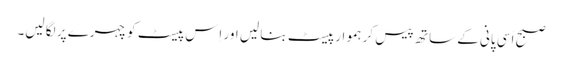
صبح اَسی پانی کے ساتھ پیس کر ہموار پیسٹ بنا لیں اور اِس پیسٹ کو چہرے پر لگا لیں۔